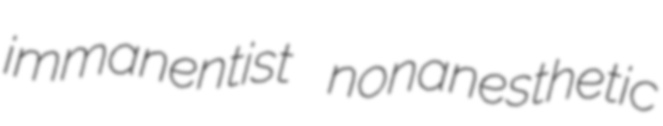
immanentist nonanesthetic